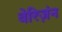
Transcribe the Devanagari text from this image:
वेरिज़ंन